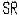
SR